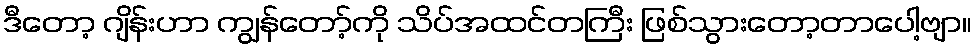
ဒီတော့ ဂျိန်းဟာ ကျွန်တော့်ကို သိပ်အထင်တကြီး ဖြစ်သွားတော့တာပေါ့ဗျာ။